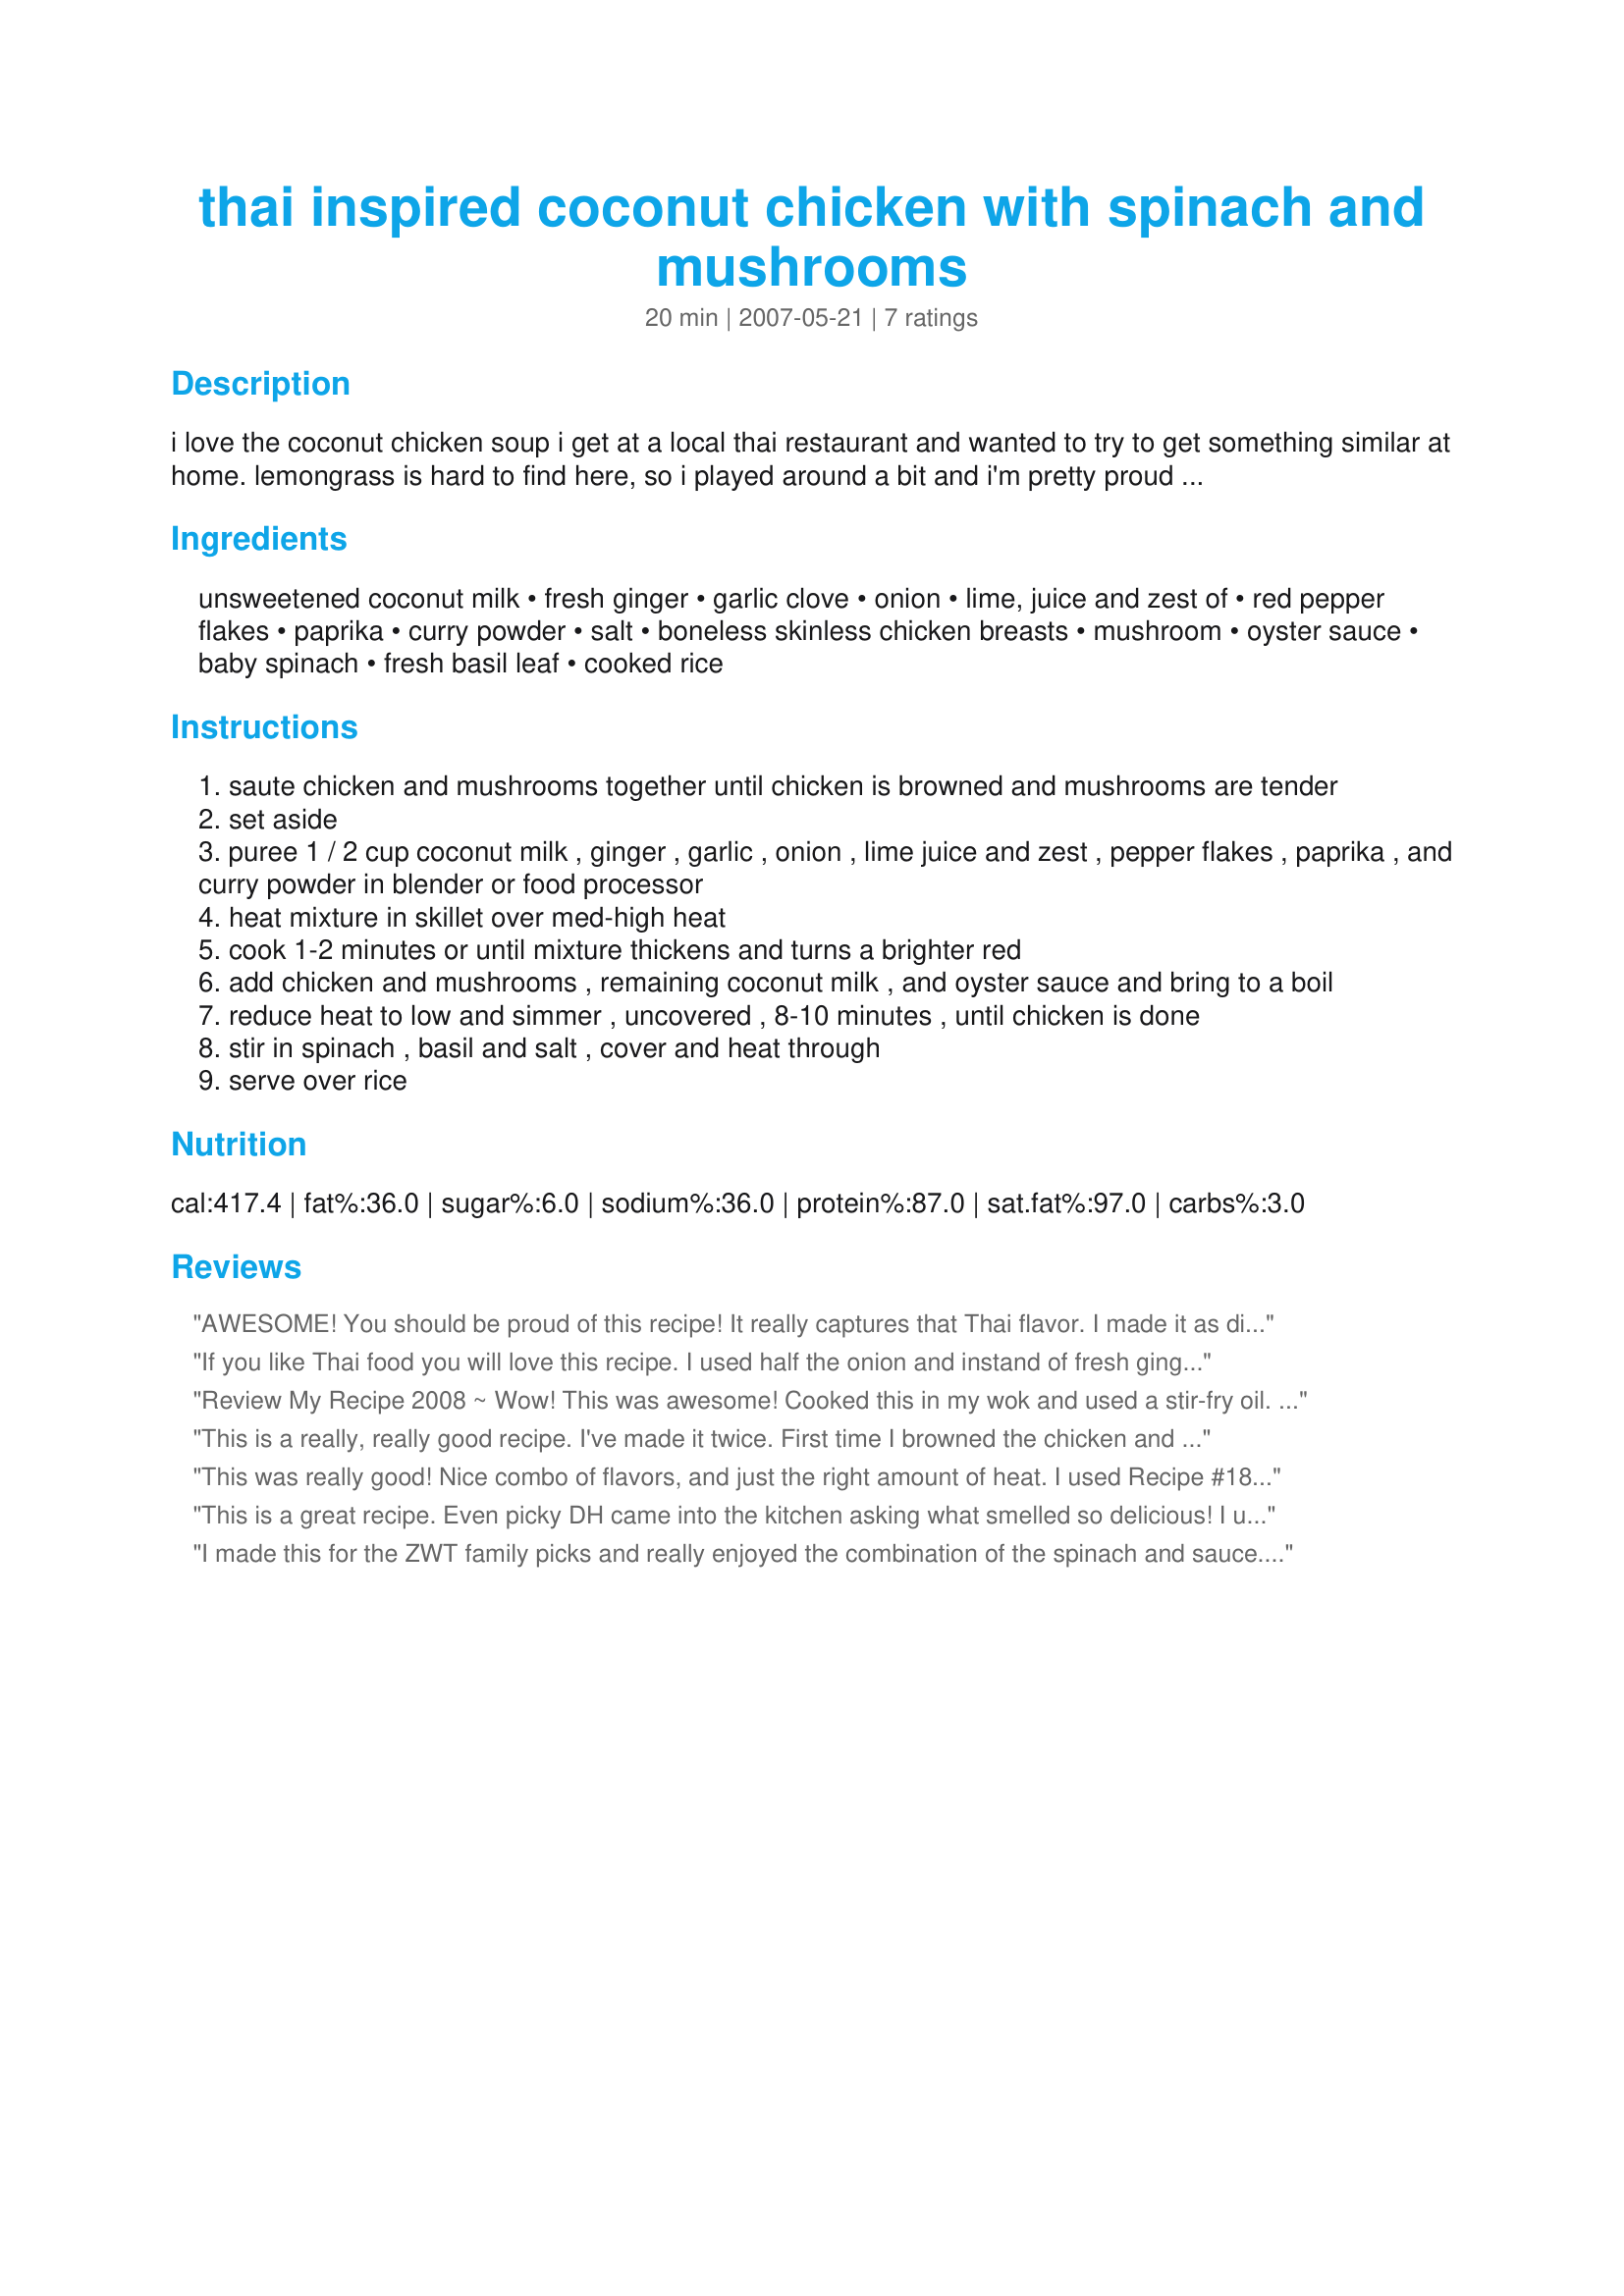
thai inspired coconut chicken with spinach and mushrooms
Preparation time: 20 minutes

i love the coconut chicken soup i get at a local thai restaurant and wanted to try to get something similar at home. lemongrass is hard to find here, so i played around a bit and i'm pretty proud of how it came out. quick, easy and tasty! serve over rice.

Ingredients:
unsweetened coconut milk, fresh ginger, garlic clove, onion, lime, juice and zest of, red pepper flakes, paprika, curry powder, salt, boneless skinless chicken breasts, mushroom, oyster sauce, baby spinach, fresh basil leaf, cooked rice

Steps:
saute chicken and mushrooms together until chicken is browned and mushrooms are tender
set aside
puree 1 / 2 cup coconut milk , ginger , garlic , onion , lime juice and zest , pepper flakes , paprika , and curry powder in blender or food processor
heat mixture in skillet over med-high heat
cook 1-2 minutes or until mixture thickens and turns a brighter red
add chicken and mushrooms , remaining coconut milk , and oyster sauce and bring to a boil
reduce heat to low and simmer , uncovered , 8-10 minutes , until chicken is done
stir in spinach , basil and salt , cover and heat through
serve over rice

Reviews:
AWESOME! You should be proud of this recipe! It really captures that Thai flavor. I made it as directed with regular coconut milk and the fish sauce. We enjoyed it with rice. The only thing I think I could live without next time is the spinach but that is just my personal tastes. The mushrooms and sauce were to die for! Freddy Cat says hi! Made for Recipe Swap #14, the Jolly Jumbucks team!
If you like Thai food you will love this recipe. I used half the onion and instand of fresh ginger I used ground because that is what I had. Thanks for sharing.
Review My Recipe 2008 ~ Wow! This was awesome! Cooked this in my wok and used a stir-fry oil. Instead of the pepper flakes, I used 4 small chili peppers which I roasted first. I also forgot to get some fresh basil so just used a bit of dried. We used a Thai fragrant long grain rice and steamed it. Would definitely make again and would like to add some more veggies to it. Yum yum!
This is a really, really good recipe. I've made it twice. First time I browned the chicken and mushrooms separately. The second time I sautéed/browned them together per the recipe. I much prefer the chicken browned on its own, giving it a nicer firm texture. Flavors are wonderful. I served it over cauliflower rice. My new favorite.
This was really good! Nice combo of flavors, and just the right amount of heat. I used Recipe #187372, which (surprisingly) worked very well in it! I used about a tablespoon of oil to saute the mushrooms (not listed in the ingredients), omitted both salts, and tripled the mushrooms so that there would be more veggies. Served with brown rice. Great dish!
This is a great recipe. Even picky DH came into the kitchen asking what smelled so delicious! I used oyster sauce, and although it called for whole mushrooms, I sliced mine. I think DH had seconds! Thanks, Little_wing! Made for ZWT4 Zingo.
I made this for the ZWT family picks and really enjoyed the combination of the spinach and sauce. I had to use full-fat coconut milk because it was what I had on hand, quartered the mushrooms, and otherwise followed the directions. Thanks little_wing!
